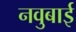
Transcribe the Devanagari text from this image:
नवुबाई